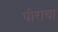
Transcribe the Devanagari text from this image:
पीराचा